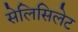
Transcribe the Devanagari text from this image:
सेलिसिलेट